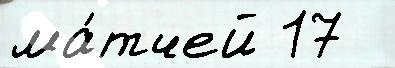
ма́тчей 17